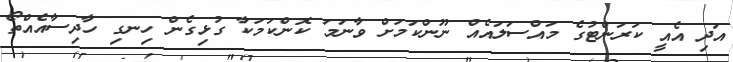
އަދި އެއީ ކަރަންޓުގެ މައްސަލައެއް ނޫންކަމަށް ވާނަމަ ކޮންކަމަކާ ގުޅިގެން ހިނގި ހާދިސާއެއްތޯ